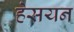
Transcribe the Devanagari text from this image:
हेसयन